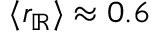
\langle r _ { \mathbb { R } } \rangle \approx 0 . 6